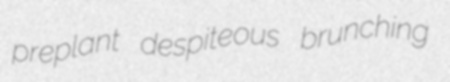
preplant despiteous brunching